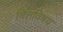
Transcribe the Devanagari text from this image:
वित्तविषय